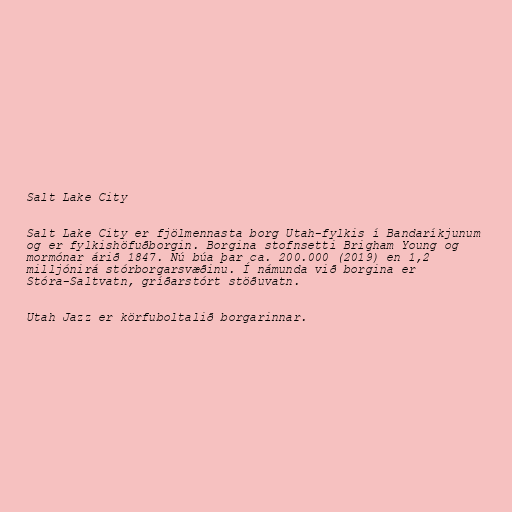
Salt Lake City

Salt Lake City er fjölmennasta borg Utah-fylkis í Bandaríkjunum
og er fylkishöfuðborgin. Borgina stofnsetti Brigham Young og
mormónar árið 1847. Nú búa þar ca. 200.000 (2019) en 1,2
milljónirá stórborgarsvæðinu. Í námunda við borgina er
Stóra-Saltvatn, gríðarstórt stöðuvatn.

Utah Jazz er körfuboltalið borgarinnar.